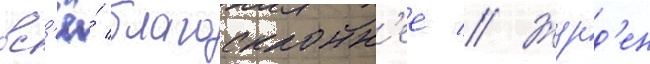
вс'ё́ благосклонн'ее // Журд'ен